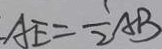
A E = \frac { 1 } { 2 } A B